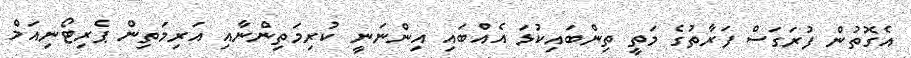
އެގޮތުން ފުރަގަސް ފަރާތުގެ މަތީ ތިންބައިކުޅަ އެއްބައި އިންނަނީ ކުރިމަތިންނާއި އަރިމަތިން ޕެރިޓޯނިއަމް